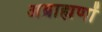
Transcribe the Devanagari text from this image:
अब्राह्मणों